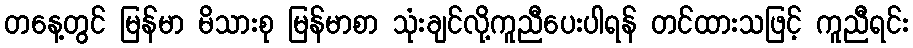
တနေ့တွင် မြန်မာ မိသားစု မြန်မာစာ သုံးချင်လို့ကူညီပေးပါရန် တင်ထားသဖြင့် ကူညီရင်း